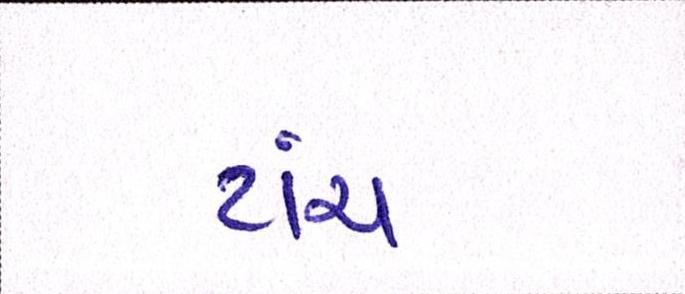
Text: ટાંચ